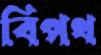
বিপথ